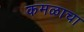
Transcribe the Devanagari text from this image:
कमळाचा